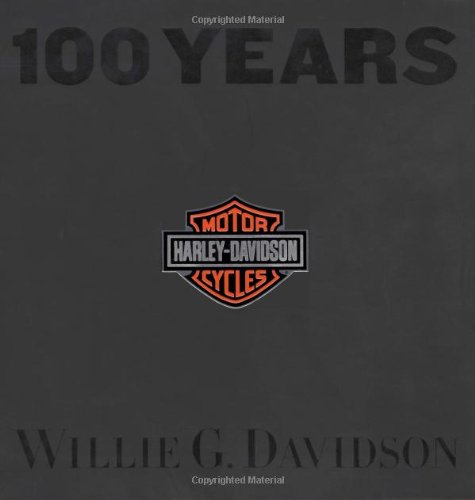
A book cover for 100 Years of Harley Davidson; Willie G. Davidson; Arts & Photography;